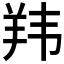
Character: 𬙭